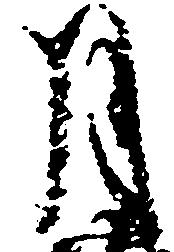
月